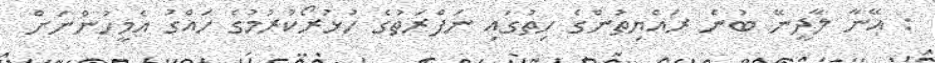
: އޭނާ ލާދީނޭ ބުނެ ރައްޔިތުންގެ ހިތުގައި ނަފްރަތުގެ ހުޅުރޯކުރުމުގެ ހައްގު އެމީހުންނަށް